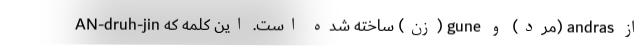
از andras (مرد) و gune (زن) ساخته شده است. این کلمه که AN-druh-jin